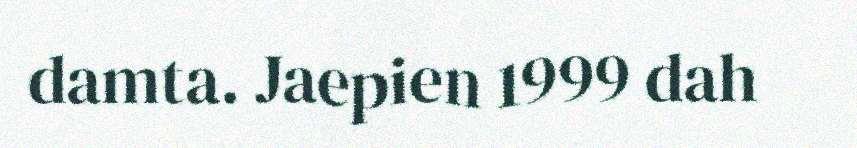
damta. Jaepien 1999 dah